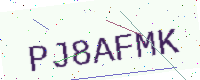
Text: PJ8AFMK